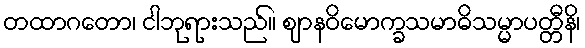
တထာဂတော၊ ငါဘုရားသည်။ ဈာနဝိမောက္ခသမာဓိသမ္မာပတ္တီနိ၊